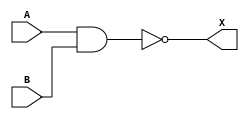
module NAND (
    output X,
    input A,
    input B,
    `ifdef USE_POWER_PINS
        inout VPWR,
        inout VGND,
        inout VPB,
        inout VNB
    `endif
);
    
    assign X = ~(A & B);

endmodule